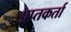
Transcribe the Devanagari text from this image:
प्रप्तकर्ता